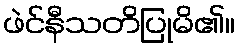
ဖဲင်နီသတိပြုမိ၏။